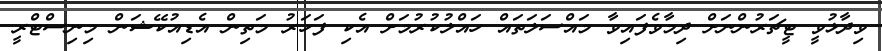
ވިދާޅުވީ ޓީޗަރުންނަށް ދިމާވެފައިވާ މައްސަލަތައް ހައްލުކުރުމަށް އެކި ފަހަރު މަތިން އެޑިއުކޭޝަން މިނިސްޓްރީ